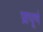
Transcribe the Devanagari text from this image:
प्राघूर्ण